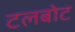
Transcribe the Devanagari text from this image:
टलबोट